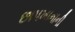
છાપખાનાની